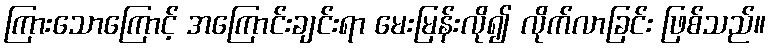
ကြားသောကြောင့် အကြောင်းချင်းရာ မေးမြန်းလို၍ လိုက်လာခြင်း ဖြစ်သည်။